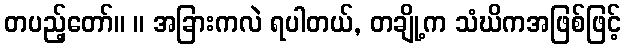
တပည့်တော်။ ။ အခြားကလဲ ရပါတယ်, တချို့က သံဃိကအဖြစ်ဖြင့်